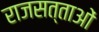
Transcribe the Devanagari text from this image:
राजसत्ताओं